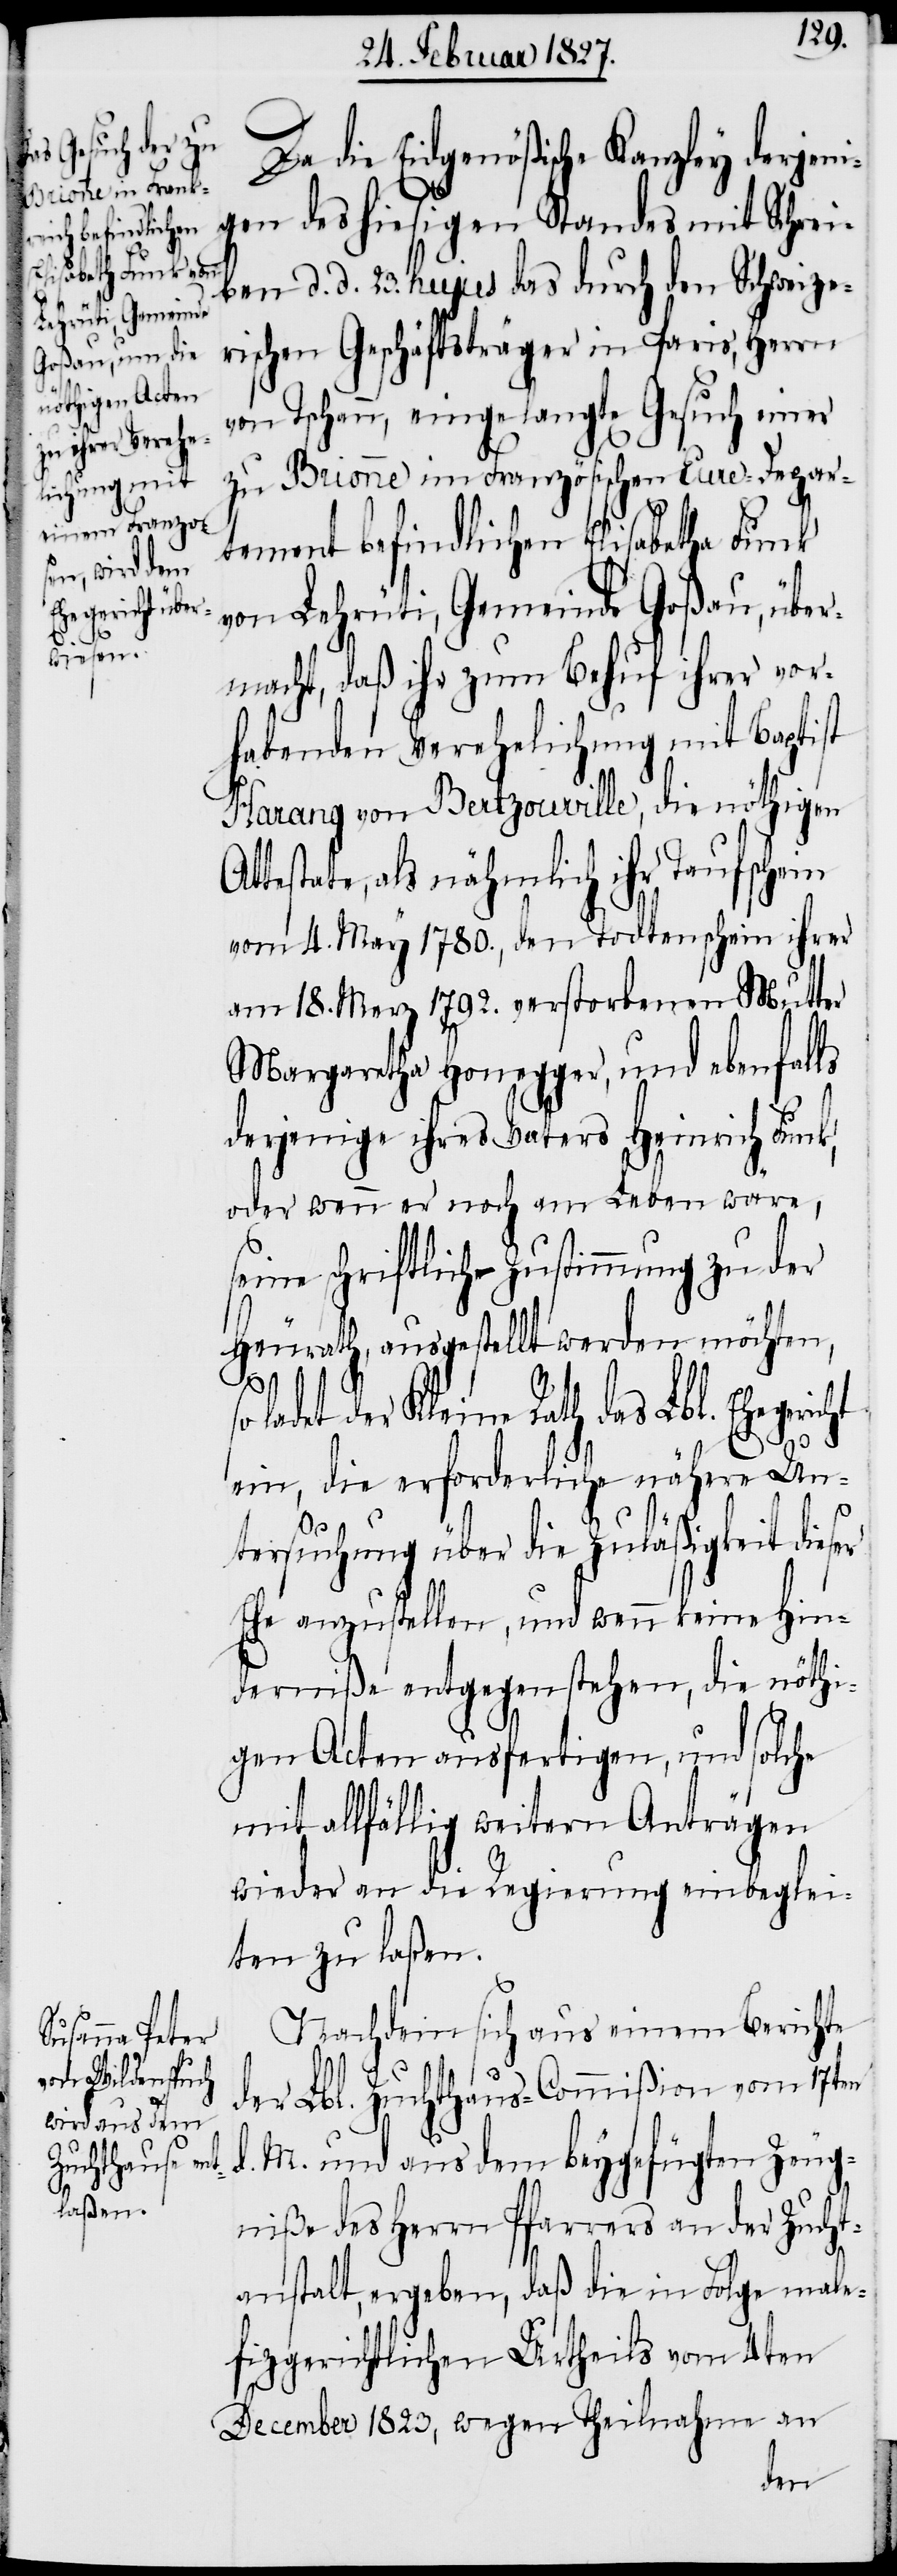
Da die Eidgenößische Kanzley derjeni¬
gen des hiesigen Standes mit Schrei¬
ben d. d. 23. hujus das durch den Schweize¬
rischen Geschäftsträger in Paris, Herrn
von Tschann, eingelangte Gesuch einer
zu Brionne im Französischen Eure-Depar¬
tement befindlichen Elisabetha Funk
von Lehrüti, Gemeinde Goßau, über¬
macht, daß ihr zum Behuf ihrer vor¬
habenden Verehelichung mit Baptist
Harang von Bertzouville, die nöthigen
ttestate, als nähmlich ihr Taufschein
vom 4. May 1780., den Todtenschein ihrer
am 18. Merz 1792. verstorbenen Mutter
Margaretha Honegger, und ebenfalls
derjenige ihres Vaters Heinrich Funk,
oder wenn er noch am Leben wäre,
seine schriftliche Zustimmung zu der
Heurath, ausgestellt werden möchten,
ladet der Kleine Rath das Lbl. Ehegeric¬
ht
ein, die erforderliche nähere Un¬
tersuchung über die Zuläßigkeit dieser
Ehe anzustellen, und wenn keine Hin¬
derniße entgegenstehen, die nöthi¬
gen Acten ausfertigen, und solche
mit allfällig weitern Anträgen
wieder an die Regierung einbeglei¬
ten zu laßen.
Nachdem sich aus einem Berichte
der Lbl. Zuchthaus-Commißion vom 17ten
d. M. und aus dem beygefügten Zeug¬
niße des Herrn Pfarrers an der Zucht¬
anstalt, ergeben, daß die in Folge male¬
fizgerichtlichen Urtheils vom 4ten
December 1823, wegen Theilnahme an